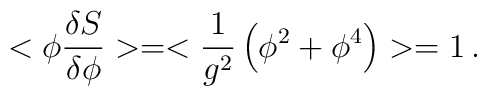
<\phi {\delta S \over \delta \phi}> = < {1 \over g^2} \left(\phi^2 + \phi^4\right)> = 1 \,.